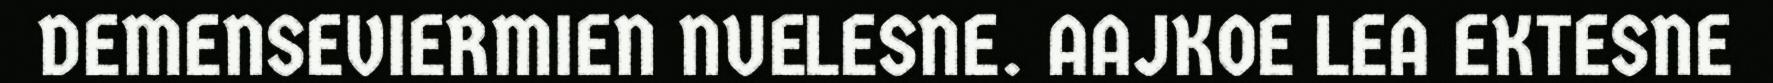
DEMENSEVIERMIEN NUELESNE. AAJKOE LEA EKTESNE